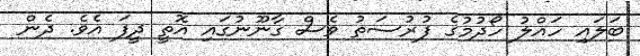
ބަލައި ހައްލު ހޯދުމުގެ ފުރުސަތު ވެސް ގާނޫނުގައި އޮތީ ދީފަ އެވެ. ދެން